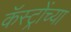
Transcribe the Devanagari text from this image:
कॅस्ट्रोंच्या